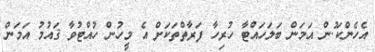
އެހެންކަ.ުން އަމަން ބަލަހައްޓާ ހުރިހާ ފަރާތްތަކަށް އެ މީހުން ހުއްޓުވާ ޤައުމު އަމަން